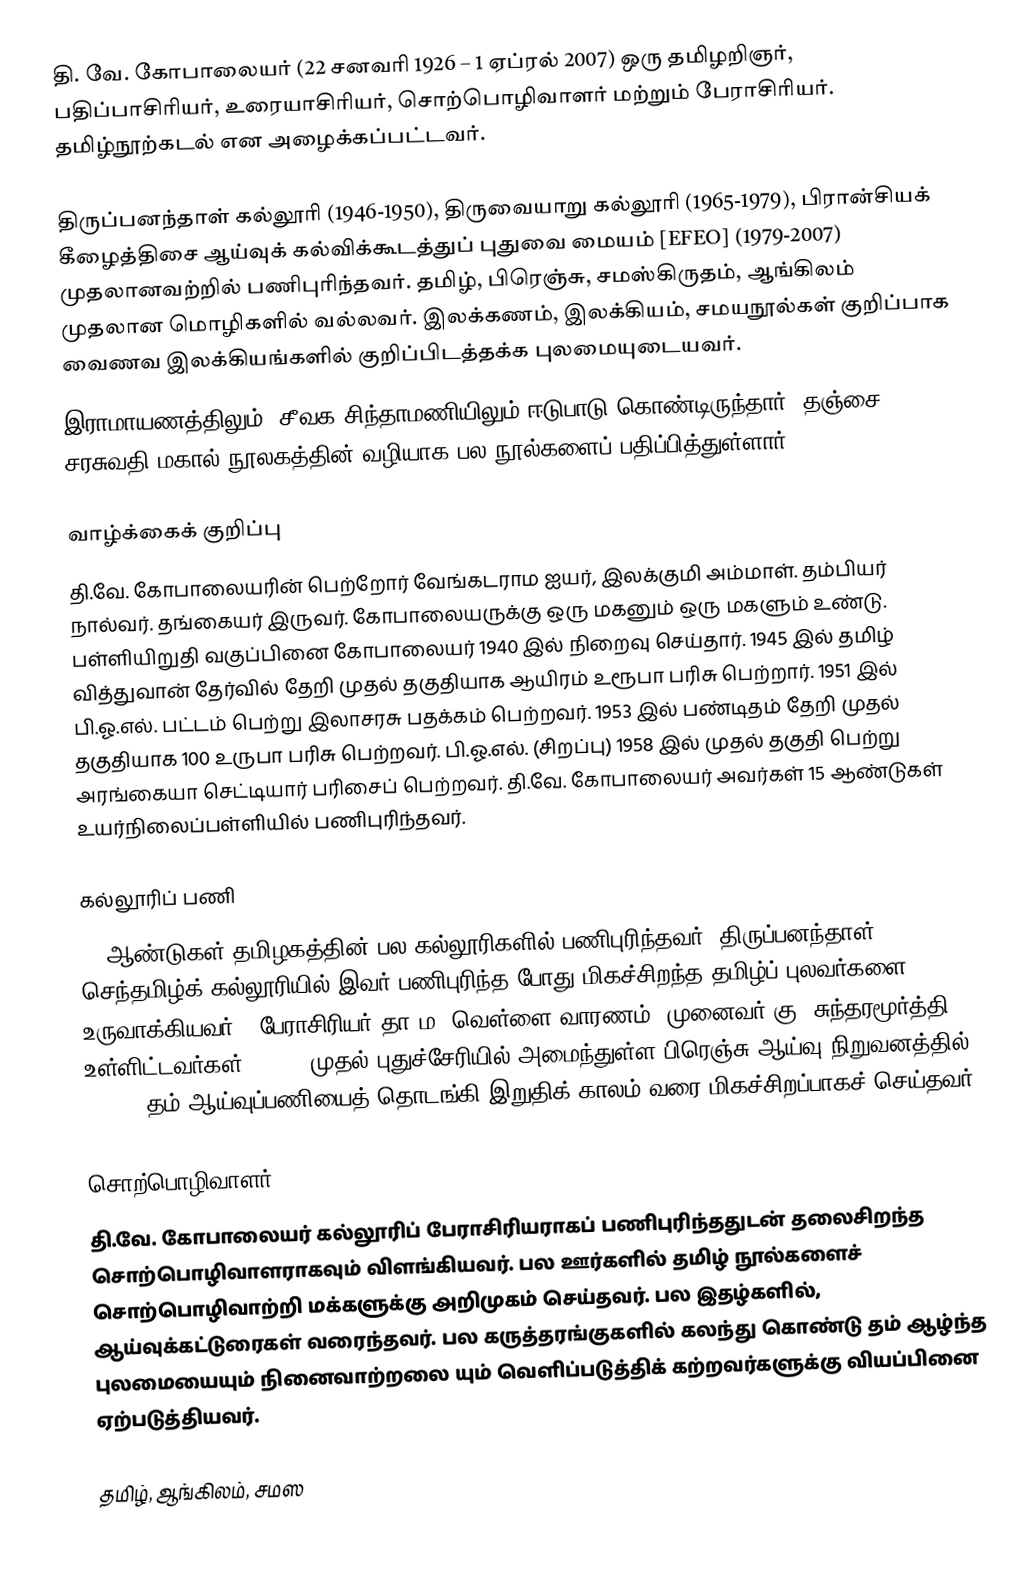
தி. வே. கோபாலையர் (22 சனவரி 1926 – 1 ஏப்ரல் 2007) ஒரு தமிழறிஞர், பதிப்பாசிரியர், உரையாசிரியர், சொற்பொழிவாளர் மற்றும் பேராசிரியர். தமிழ்நூற்கடல் என அழைக்கப்பட்டவர்.

திருப்பனந்தாள் கல்லூரி (1946-1950), திருவையாறு கல்லூரி (1965-1979), பிரான்சியக் கீழைத்திசை ஆய்வுக் கல்விக்கூடத்துப் புதுவை மையம் [EFEO] (1979-2007) முதலானவற்றில் பணிபுரிந்தவர். தமிழ், பிரெஞ்சு, சமஸ்கிருதம், ஆங்கிலம் முதலான மொழிகளில் வல்லவர். இலக்கணம், இலக்கியம், சமயநூல்கள் குறிப்பாக வைணவ இலக்கியங்களில் குறிப்பிடத்தக்க புலமையுடையவர்.
இராமாயணத்திலும், சீவக சிந்தாமணியிலும் ஈடுபாடு கொண்டிருந்தார். தஞ்சை சரசுவதி மகால் நூலகத்தின் வழியாக பல நூல்களைப் பதிப்பித்துள்ளார்.

வாழ்க்கைக் குறிப்பு
தி.வே. கோபாலையரின் பெற்றோர் வேங்கடராம ஐயர், இலக்குமி அம்மாள். தம்பியர் நால்வர். தங்கையர் இருவர். கோபாலையருக்கு ஒரு மகனும் ஒரு மகளும் உண்டு. பள்ளியிறுதி வகுப்பினை கோபாலையர் 1940 இல் நிறைவு செய்தார். 1945 இல் தமிழ் வித்துவான் தேர்வில் தேறி முதல் தகுதியாக ஆயிரம் உரூபா பரிசு பெற்றார். 1951 இல் பி.ஓ.எல். பட்டம் பெற்று இலாசரசு பதக்கம் பெற்றவர். 1953 இல் பண்டிதம் தேறி முதல் தகுதியாக 100 உருபா பரிசு பெற்றவர். பி.ஓ.எல். (சிறப்பு) 1958 இல் முதல் தகுதி பெற்று அரங்கையா செட்டியார் பரிசைப் பெற்றவர். தி.வே. கோபாலையர் அவர்கள் 15 ஆண்டுகள் உயர்நிலைப்பள்ளியில் பணிபுரிந்தவர்.

கல்லூரிப் பணி
15 ஆண்டுகள் தமிழகத்தின் பல கல்லூரிகளில் பணிபுரிந்தவர். திருப்பனந்தாள் செந்தமிழ்க் கல்லூரியில் இவர் பணிபுரிந்த போது மிகச்சிறந்த தமிழ்ப் புலவர்களை உருவாக்கியவர். (பேராசிரியர் தா.ம. வெள்ளை வாரணம், முனைவர் கு. சுந்தரமூர்த்தி உள்ளிட்டவர்கள்). 1979 முதல் புதுச்சேரியில் அமைந்துள்ள பிரெஞ்சு ஆய்வு நிறுவனத்தில் (EFEO) தம் ஆய்வுப்பணியைத் தொடங்கி இறுதிக் காலம் வரை மிகச்சிறப்பாகச் செய்தவர்.

சொற்பொழிவாளர்
தி.வே. கோபாலையர் கல்லூரிப் பேராசிரியராகப் பணிபுரிந்ததுடன் தலைசிறந்த சொற்பொழிவாளராகவும் விளங்கியவர். பல ஊர்களில் தமிழ் நூல்களைச் சொற்பொழிவாற்றி மக்களுக்கு அறிமுகம் செய்தவர். பல இதழ்களில், ஆய்வுக்கட்டுரைகள் வரைந்தவர். பல கருத்தரங்குகளில் கலந்து கொண்டு தம் ஆழ்ந்த புலமையையும் நினைவாற்றலை யும் வெளிப்படுத்திக் கற்றவர்களுக்கு வியப்பினை ஏற்படுத்தியவர்.

தமிழ், ஆங்கிலம், சமஸ